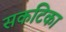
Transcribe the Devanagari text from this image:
सकटिका